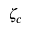
\zeta _ { c }